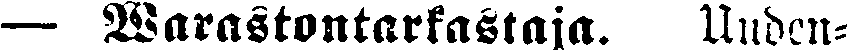
— Warastontarkastaja. Uuden-